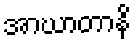
အာဃာတာနိ